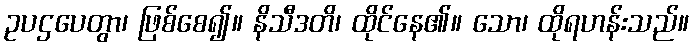
ဥပဌပေတွာ၊ ဖြစ်စေ၍။ နိသီဒတိ၊ ထိုင်နေ၏။ သော၊ ထိုရဟန်းသည်။